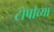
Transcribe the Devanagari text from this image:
टोपीच्या